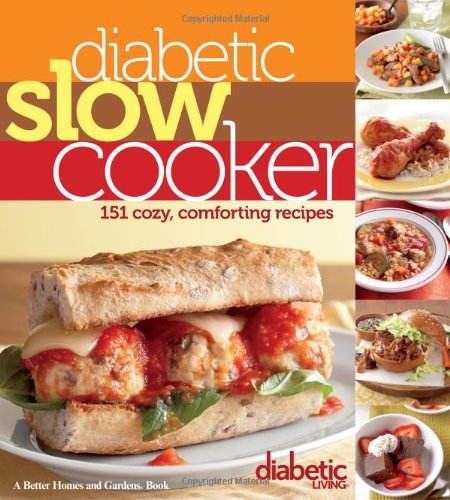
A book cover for Diabetic Slow Cooker (Diabetic Living); Diabetic Living Editors; Cookbooks, Food & Wine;